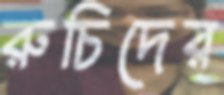
রুচিদের